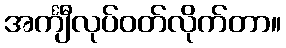
အင်္ကျီလုပ်ဝတ်လိုက်တာ။